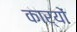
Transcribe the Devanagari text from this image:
कार्योंं